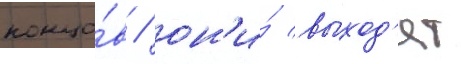
концо́в / он'и́ выход'ят